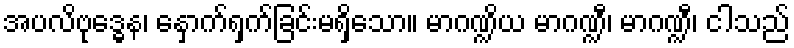
အပလိဗုဒ္ဓေန၊ နှောက်ရှက်ခြင်းမရှိသော။ မာဂဏ္ဍိယ မာဂဏ္ဍီ၊ မာဂဏ္ဍီ၊ ငါသည်